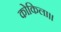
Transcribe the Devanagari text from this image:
कोकिला॥